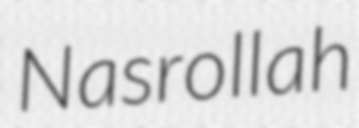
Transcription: Nasrollah